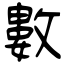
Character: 數